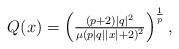
LaTeX: \begin{align*}Q(x) =\left(\tfrac{(p+2)|q|^2}{\mu(p|q||x|+2)^2}\right)^{\frac{1}{p}},\end{align*}